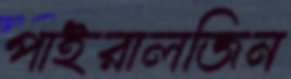
পাইরালজিন